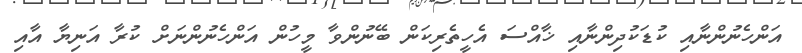
އަންހެނުންނާއި ކުޑަކުދިންނާއި ޚާއްސަ އެހީތެރިކަން ބޭނުންވާ މީހުން އަންހެނުންނަށް ކުރާ އަނިޔާ އާއި